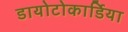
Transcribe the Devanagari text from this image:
डायोटोकार्डिया